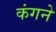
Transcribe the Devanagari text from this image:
कंगने